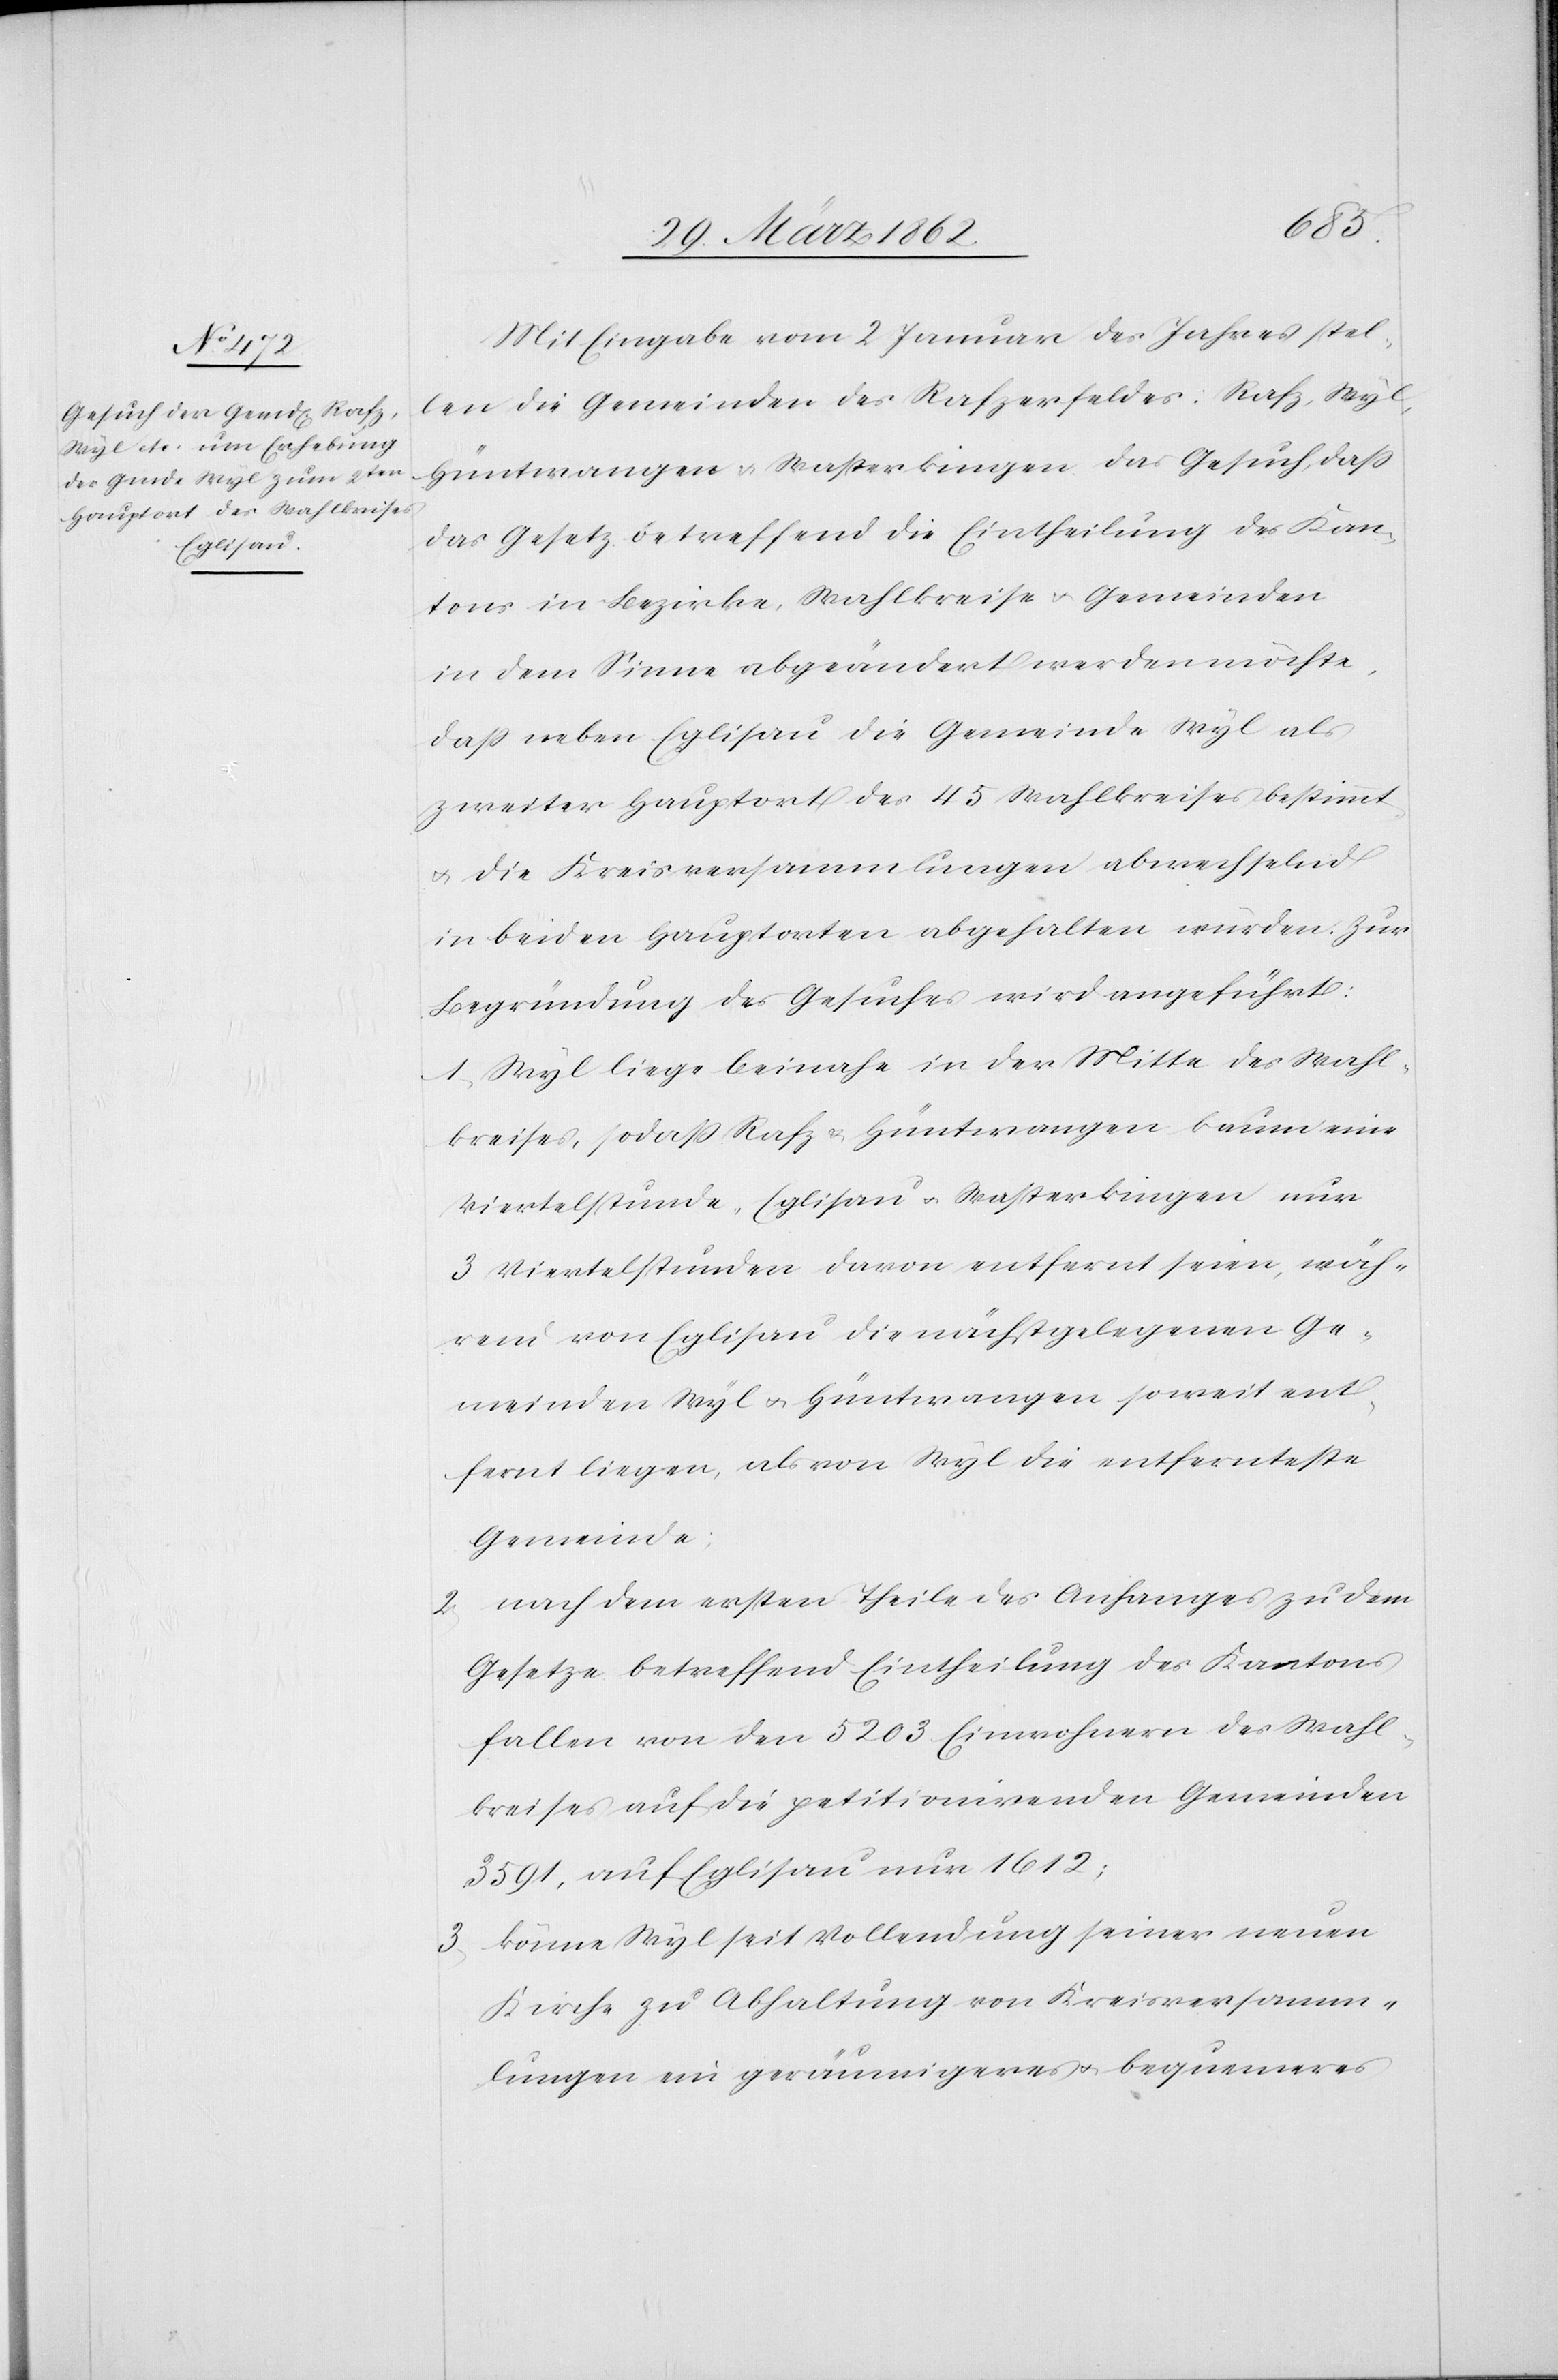
Mit Eingabe vom 2 Januar des Jahres stel¬
len die Gemeinden des Rafzerfeldes: Rafz, Wyl,
Hüntwangen u. Wasterkingen das Gesuch, daß
das Gesetz betreffend die Eintheilung des Kan¬
tons in Bezirke, Wahlkreise u. Gemeinden
in dem Sinne abgeändert werden möchte,
daß neben Eglisau die Gemeinde Wyl als
zweiter Hauptort des 45 Wahlkreises bestimmt
u. die Kreisversammlungen abwechselnd
in beiden Hauptorten abgehalten würden. Zur
Begründung des Gesuches wird angefügt:
1) Wyl liege beinahe in der Mitte des Wahl¬
kreises, sodaß Rafz & Hüntwangen kaum eine
Viertelstunde, Eglisau u. Wasterkingen nur
3 Viertelstunden davon entfernt seien, wäh¬
rend von Eglisau die nächstgelegenen Ge¬
meinden Wyl u. Hüntwangen soweit ent¬
fernt liegen, als von Wyl die entfernteste
Gemeinde;
2) nach dem ersten Theile des Anhanges zu dem
Gesetze betreffend Eintheilung des Kantons
fallen von den 5203 Einwohnern des Wahl¬
kreises auf die petitionirenden Gemeinden
3591, auf Eglisau nur 1612;
3) könne Wyl seit Vollendung seiner neuen
Kirche zu Abhaltung von Kreisversamm¬
lungen ein geräumigeres u. bequemeres